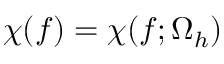
{ \chi \smash [ t ] { \mathstrut } } ( f ) = { \chi \smash [ t ] { \mathstrut } } ( f ; \Omega _ { h } )